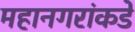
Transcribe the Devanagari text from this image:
महानगरांकडे